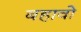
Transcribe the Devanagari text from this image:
बहावो